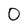
Character: 0